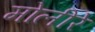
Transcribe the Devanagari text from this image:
मोलीरे